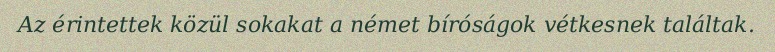
Az érintettek közül sokakat a német bíróságok vétkesnek találtak.